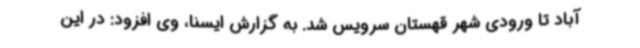
آباد تا ورودی شهر قهستان سرویس شد. به گزارش ایسنا، وی افزود: در این